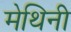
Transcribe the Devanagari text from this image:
मेथिनी